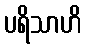
ပရိသာဟိ